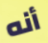
أنه